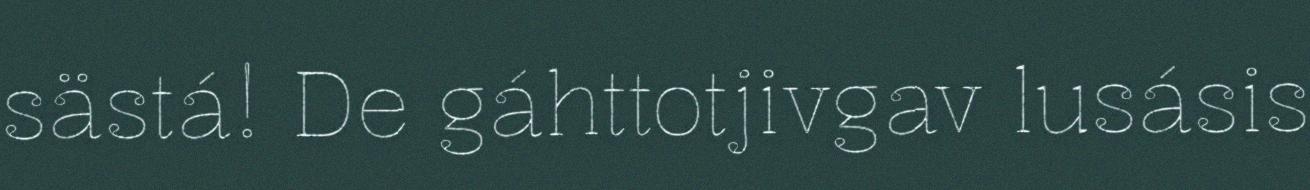
sästá! De gáhttotjivgav lusásis